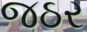
જઠર